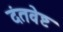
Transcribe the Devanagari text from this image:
दंतवेष्ट